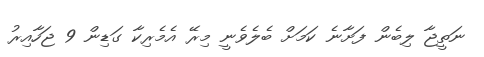
ނަތީޖާ ލިބެން ފަށާނެ ކަމަށް ބެލެވެނީ މިރޭ އެމެރިކާ ގަޑިން 9 ޖަހާއިރު